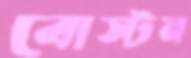
বোস্টন